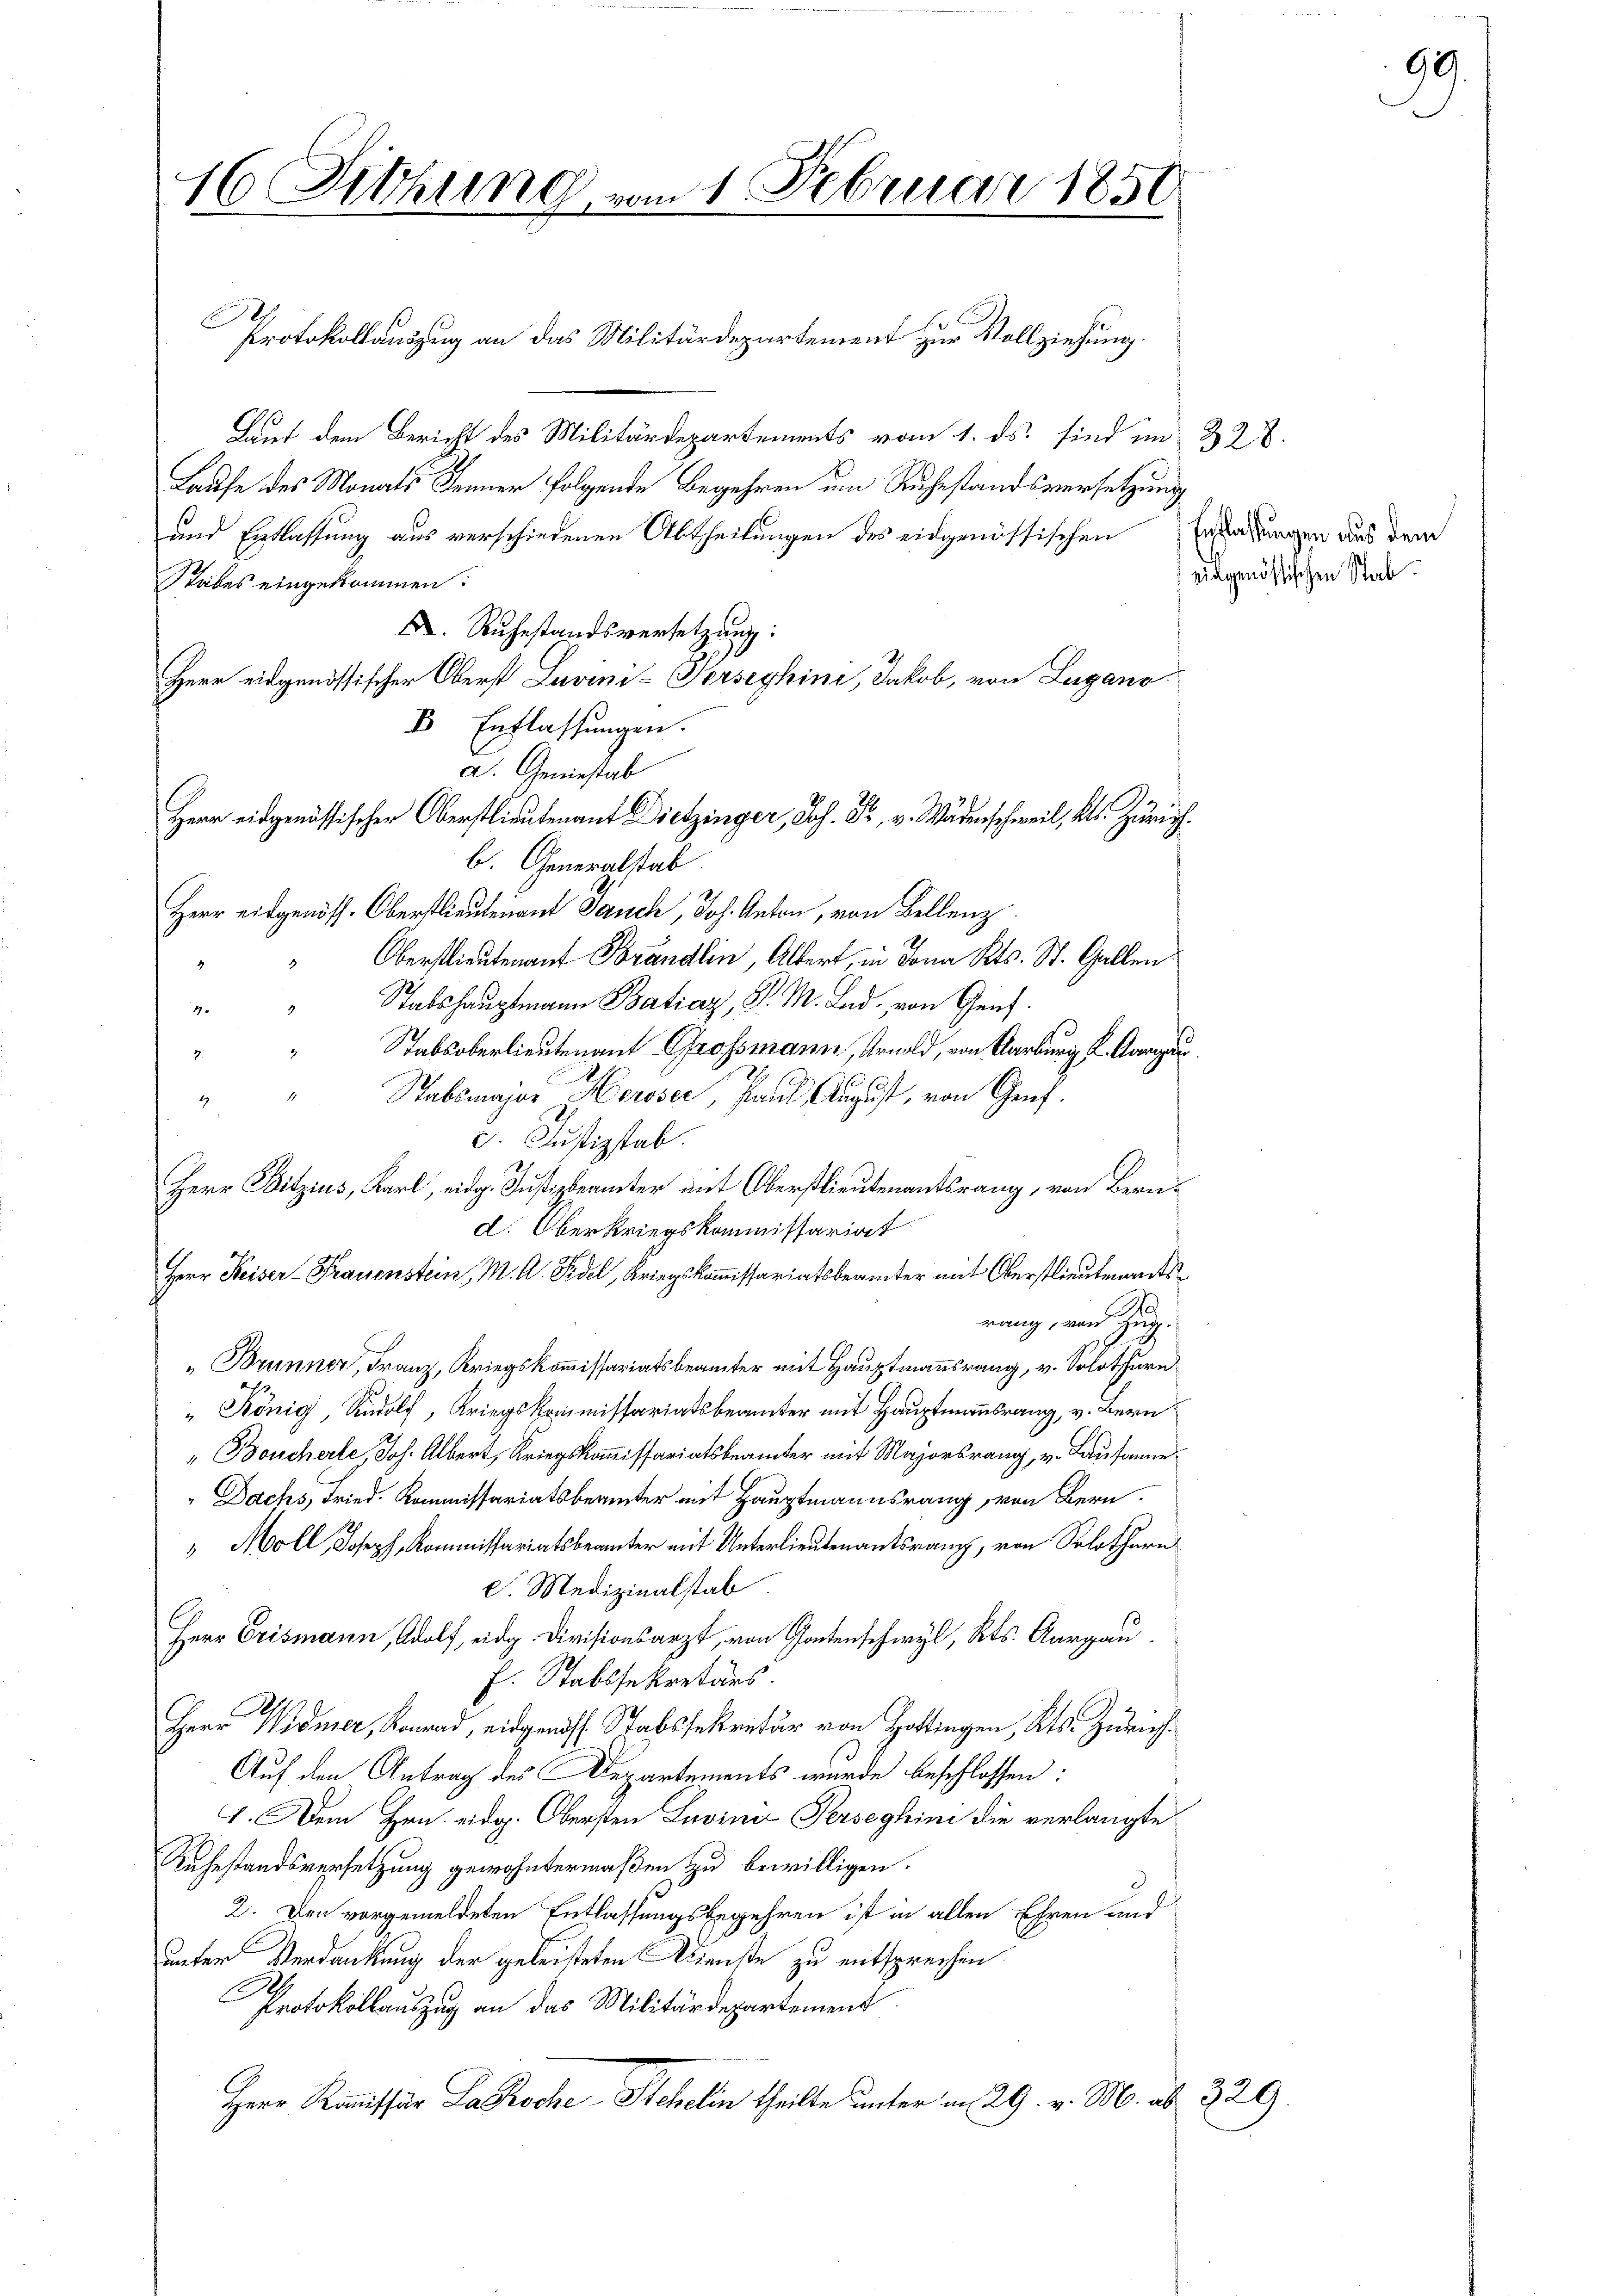
16 Sitzung vom 1. Februar 1851

Protokollauszug an das Militärdepartement zur Vollziehung.
Laut dem Bericht des Militärdepartements vom 1. ds. sind im 328.
Laufe des Monats Jenner folgende Begehren um Ruhestandsversetzung
und Erblassung aus verschiedenen Abtheilungen des eidgenössischen Erstehungen aus dem
Stabes eingekommen:
 Ruhestandsversetzung:
Herr eidgenössischer Oberst Luvini-Perseghini, Jakob, von Lugano
B Entlassungen.
a. Geniestab
b. Generalstab.
Herr eidgenöss. Oberstlieutenant Jauch, Joh. Anton, von Bellenz
Oberstlieutenant Brandlin, Altert, in Jona Kts. St. Gallen.
Stabshauptmann Batiaz, P. M. Land von Genf.
4
Stabsoberlieutenant Grossmann, Arnold, von Aarburg K. Aargau
Stabsmajor Heroser, Paul August, von Genf.
5. Justizstab.
Herr Bitzius, Karl, eidg. Justizbeamter mit Oberstlieutenantsrang, von Bernd. Oberkriegskommissariat
Herr Keiser-Frauenstein, M. A. Fidel, Kriegskommissariatsbeamter mit Oberstlieutenantsrang, von d
„Brunner, Franz, Kriegskommissariatsbeamter mit Hauptmannsrang, v. Solothurn
" König, Rudolf, Kriegskommissariatsbeamter mit Hauptmannsrang, v. Bern
" Boucherle, Joh. Albert, Kriegskommissariatsbeamter mit Majorsrang, v. Lausanne
Dachs, Fried. Kommissariatsbeamter mit Hauptmannsrang, von Bern
 Moll Joseph, Kommissariatsbeamter mit Unterlieutenantsrang, von Solothurn
S. Medizinalstab
Herr Crismann, Adolf, eidg. Divisionsarzt, von Gantenschwyl, Kts. Aargau.
f. Stabssekretärs.
Herr Widmer, Konrad, eidgenöss. Stabssekretär von Hottingen, Kts. Zürich¬
Auf den Antrag des Departements wurde beschlossen:
7. Dem Hrn. eidg. Obersten Luvini Perseghini die verlangte
Ruhestandsversetzung gewohntermaßen zu bewilligen.
2. Den vorgemeldeten Entlassungsbegehren ist in allen Ehren und
unter Verdankung der geleisteten Dienste zu entsprechen.
Protokollauszug an das Militärdepartement
Herr Kommissär Laroche Stehelin theilte unter am 29. v. M. ab. 229.

E

Herr eidgenössischer Oberstlieutenant Dietzinger, Joh. Fr. v. Wädenschweil, Kts. Zürich

adgenössischen Stab.

92